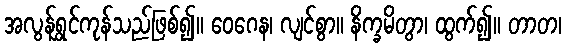
အလွန်ရွှင်ကုန်သည်ဖြစ်၍။ ဝေဂေန၊ လျင်စွာ။ နိက္ခမိတွာ၊ ထွက်၍။ တာတ၊